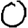
Digit: 0